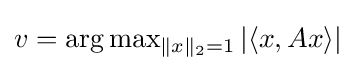
{\textstyle v=\arg \max _{\|x\|_{2}=1}|\langle x,Ax\rangle |}